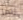
ربما